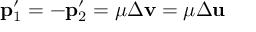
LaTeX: \mathbf { p } _ { 1 } ^ { \prime } = - \mathbf { p } _ { 2 } ^ { \prime } = \mu \Delta \mathbf { v } = \mu \Delta \mathbf { u }